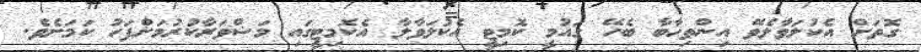
ގޮތަށް އެކުލަވާލެވޭ އިންތިހާބާ ބެހޭ ގައުމީ ކޮމިޓީ އެކުލަވާލާ އެކޮމިޓީގައި މަޝްވަރާކުރުމަށްފަހު ކަމަށެވެ.